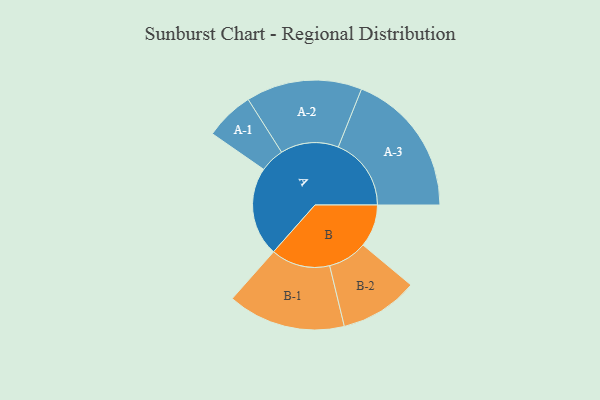
{"axis": {"x": "Segment", "y": "Value"}, "legend": ["", "A", "B"], "data": [{"x": "A", "y": 364, "type": ""}, {"x": "B", "y": 174, "type": ""}, {"x": "A-1", "y": 100, "type": "A"}, {"x": "A-2", "y": 237, "type": "A"}, {"x": "A-3", "y": 298, "type": "A"}, {"x": "B-1", "y": 241, "type": "B"}, {"x": "B-2", "y": 160, "type": "B"}]}